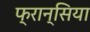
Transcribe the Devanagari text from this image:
फ्रान्सिया